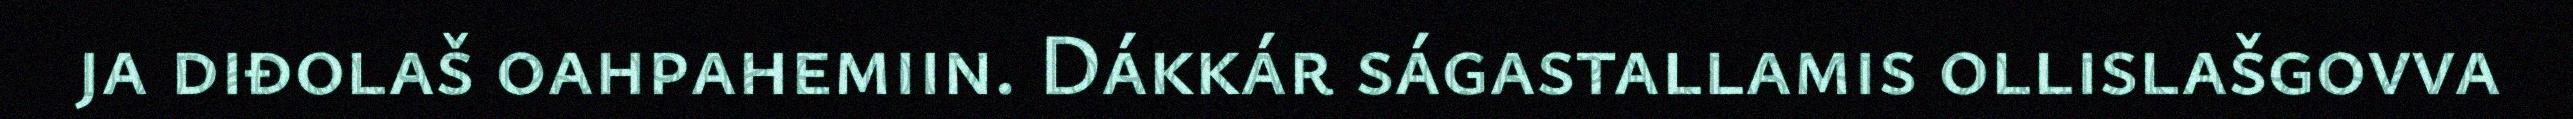
ja diđolaš oahpahemiin. Dákkár ságastallamis ollislašgovva